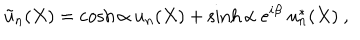
LaTeX: { \tilde { u } } _ { n } ( X ) = \cosh \alpha ~ u _ { n } ( X ) + \sinh \alpha ~ e ^ { i \beta } ~ u _ { n } ^ { * } ( X ) ~ ,